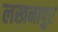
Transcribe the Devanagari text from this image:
लखनापुर